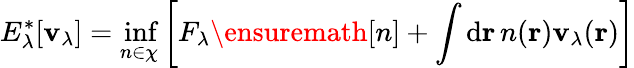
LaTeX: E_{\lambda}^{\ast}[\mathbf{v}_{\lambda}]=\operatorname*{inf}_{n\in\chi}\left[F_{\lambda}\ensuremath{{[n]}}+\int\mathrm{{d}}\mathbf{{r}}\, n(\mathbf{{r}})\mathbf{v}_{\lambda}(\mathbf{{r}})\right]